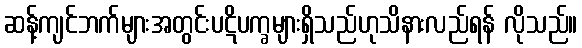
ဆန့်ကျင်ဘက်များအတွင်းပဋိပက္ခများရှိသည်ဟုသိနားလည်ရန် လိုသည်။